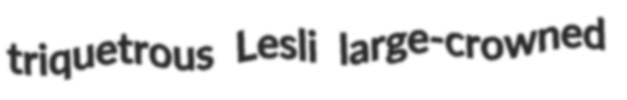
triquetrous Lesli large-crowned